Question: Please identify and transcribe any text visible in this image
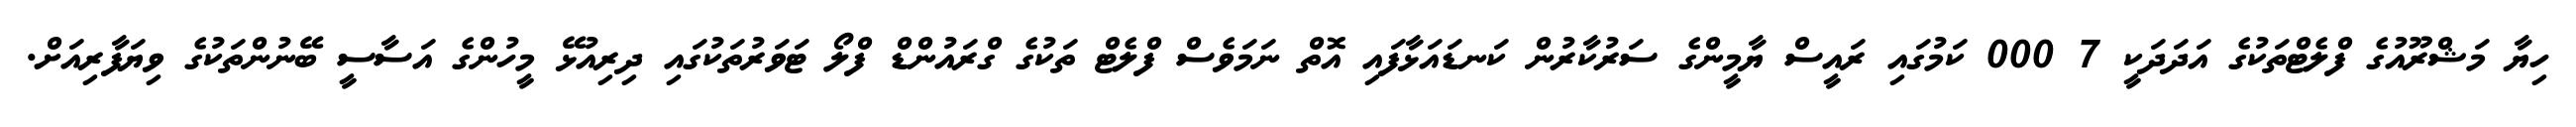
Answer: ހިޔާ މަޝްރޫއުގެ ފްލެޓްތަކުގެ އަދަދަކީ 7 000 ކަމުގައި ރައީސް ޔާމީންގެ ސަރުކާރުން ކަނޑައަޅާފައި އޮތް ނަމަވެސް ފްލެޓް ތަކުގެ ގްރައުންޑް ފްލޯ ޓަވަރުތަކުގައި ދިރިއުޅޭ މީހުންގެ އަސާސީ ބޭނުންތަކުގެ ވިޔަފާރިއަށް.